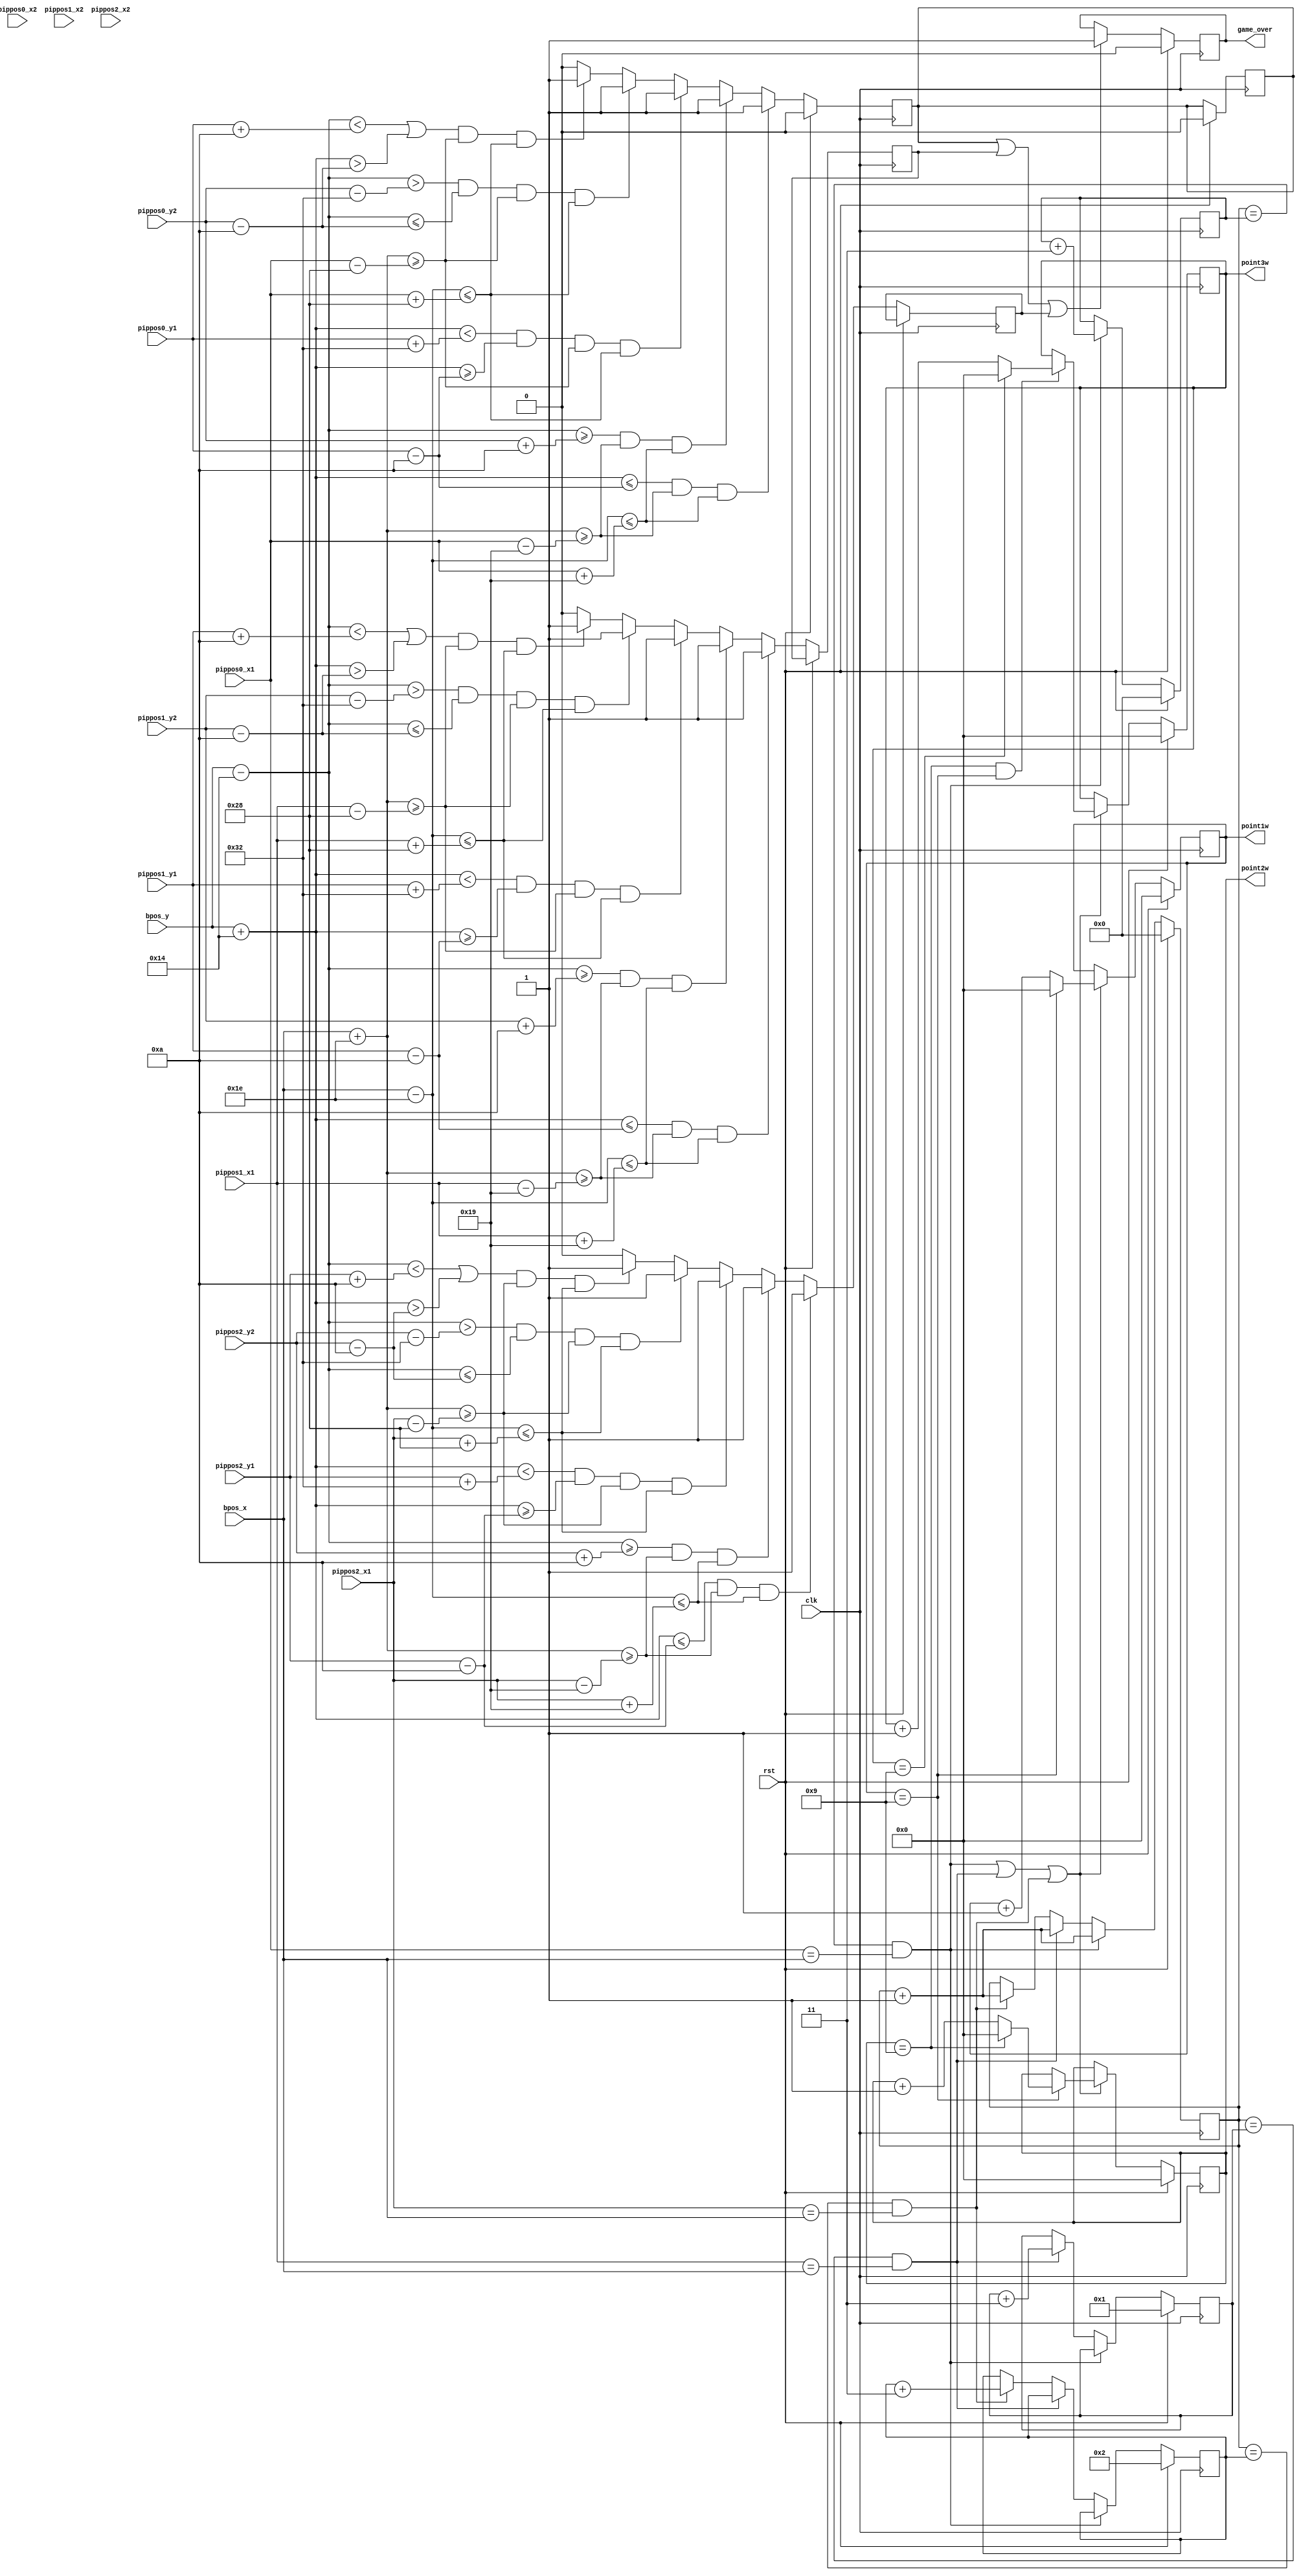
`timescale 1ns / 1ps


module Game_Control(
    input clk,
    input rst,
    input [11:0]bpos_x,
    input [11:0]bpos_y,
    input [11:0]pippos0_x1,
    input [11:0]pippos0_y1,
    input [11:0]pippos0_x2,
    input [11:0]pippos0_y2,
    input [11:0]pippos1_x1,
    input [11:0]pippos1_y1,
    input [11:0]pippos1_x2,
    input [11:0]pippos1_y2,
    input [11:0]pippos2_x1,
    input [11:0]pippos2_y1,
    input [11:0]pippos2_x2,
    input [11:0]pippos2_y2,
    //output [9:0]point
    output reg game_over,
    output [4:0]point1w,
    output [4:0]point2w,
    output [4:0]point3w
    );

reg [9:0]bird_point=9'd0;
reg [9:0]pipe0_point=9'd0;
reg [9:0]pipe1_point=9'd1;
reg [9:0]pipe2_point=9'd2;

reg [4:0]point1=0;
reg [4:0]point2=0;
reg [4:0]point3=0;

reg game_over1=0;
reg game_over2=0;
reg game_over3=0;

//////////////////////////////////////////////point-print///////////////////////////////////
always@(posedge clk)
begin
    if(rst) begin bird_point<=1'b0;pipe0_point<=9'd0;pipe1_point<=9'd1;pipe2_point<=9'd2;  end
    else if( (bird_point==pipe0_point) && (pippos0_x1==bpos_x) ) begin bird_point<=bird_point+1'b1;pipe0_point<=pipe0_point+9'd3;end
    else if( (bird_point==pipe1_point) && (pippos1_x1==bpos_x) ) begin bird_point<=bird_point+1'b1;pipe1_point<=pipe1_point+9'd3;end
    else if( (bird_point==pipe2_point) && (pippos2_x1==bpos_x) ) begin bird_point<=bird_point+1'b1;pipe2_point<=pipe2_point+9'd3;end   
    else begin bird_point<=bird_point; pipe0_point<=pipe0_point;pipe1_point<=pipe1_point;pipe2_point<=pipe2_point; end
end

always@(posedge clk)
begin
    if(rst) point1<=1'b0;
    else if( ((bird_point==pipe0_point) && (pippos0_x1==bpos_x)) ||((bird_point==pipe1_point) && (pippos1_x1==bpos_x)) ||((bird_point==pipe2_point) && (pippos2_x1==bpos_x)) )
    begin
        if(point1==4'd9) point1<=1'b0;
        else point1<=point1+1'b1;
    end
    else point1<=point1;
end
always@(posedge clk)
begin
    if(rst) point2<=1'b0;
    else if( ((bird_point==pipe0_point) && (pippos0_x1==bpos_x)) ||((bird_point==pipe1_point) && (pippos1_x1==bpos_x)) ||((bird_point==pipe2_point) && (pippos2_x1==bpos_x)) )
    begin
        if(point1==4'd9) 
         begin
             if(point2==4'd9) point2<=1'b0;
             else point2<=point2+1'b1;
         end
    end
    else point2<=point2;
end

always@(posedge clk)
begin
    if(rst) point3<=1'b0;
    else if( ((bird_point==pipe0_point) && (pippos0_x1==bpos_x)) ||((bird_point==pipe1_point) && (pippos1_x1==bpos_x)) ||((bird_point==pipe2_point) && (pippos2_x1==bpos_x)) )
    begin
        if(point2==4'd9&&point1==4'd9) 
         begin
             if(point3==4'd9) point3<=1'b0;
             else point3<=point3+1'b1;
         end
    end
    else point3<=point3;
end
//////////////////////////////////////////////point-print///////////////////////////////////

/////////////////////////////////////////////crash-cheking//////////////////////////////////
always@(posedge clk)
begin
    // if(     ( (bpos_y-12'd20>=pippos0_y1+12'd10)||(bpos_y+12'd20<=pippos0_y2-12'd10)  )
    //       &&( (bpos_x+12'd30>=pippos0_x1-12'd25)||(bpos_x-12'd30>=pippos0_x1+12'd25)  )  
    //   )
    //    begin game_over1=1'b1; end 
    if(rst) game_over1=1'b0;
    else if(   (bpos_y+12'd20<=pippos0_y1-12'd10) &&(bpos_x+12'd30>=pippos0_x1-12'd25) &&(bpos_x-12'd30<=pippos0_x1+12'd25) )
        begin game_over1=1'b1; end 
    else if(   (bpos_y-12'd20>=pippos0_y2+12'd10) &&(bpos_x+12'd30>=pippos0_x1-12'd25)&&(bpos_x-12'd30<=pippos0_x1+12'd25) )
        begin game_over1=1'b1; end 
    else if(   (bpos_y+12'd20<pippos0_y1+12'd50)&&(bpos_y+12'd20>=pippos0_y1-12'd10) &&(bpos_x+12'd30>=pippos0_x1-12'd40) &&(bpos_x-12'd30<=pippos0_x1+12'd40) )
         begin game_over1=1'b1; end
    else if(   (bpos_y-12'd20>pippos0_y2-12'd50)&&(bpos_y-12'd20<=pippos0_y2-12'd10) &&(bpos_x+12'd30>=pippos0_x1-12'd40) &&(bpos_x-12'd30<=pippos0_x1+12'd40) )
         begin game_over1=1'b1; end
    else if(  ((bpos_y-12'd20<pippos0_y1+12'd10)||(bpos_y+12'd20>pippos0_y2-12'd10))&&(bpos_x+12'd30>=pippos0_x1-12'd40)&&(bpos_x-12'd30<=pippos0_x1+12'd40)  )
         begin game_over1=1'b1; end
    //else if(game_over1==1'b1) game_over1<=1'b1;
    else  game_over1=1'b0;
end

always@(posedge clk)
begin
    if(rst) game_over1=1'b0;
    else if(   (bpos_y+12'd20<=pippos1_y1-12'd10) &&(bpos_x+12'd30>=pippos1_x1-12'd25) &&(bpos_x-12'd30<=pippos1_x1+12'd25) )
        begin game_over2=1'b1; end 
    else if(   (bpos_y-12'd20>=pippos1_y2+12'd10) &&(bpos_x+12'd30>=pippos1_x1-12'd25)&&(bpos_x-12'd30<=pippos1_x1+12'd25) )
        begin game_over2=1'b1; end 
    else if(   (bpos_y+12'd20<pippos1_y1+12'd50)&&(bpos_y+12'd20>=pippos1_y1-12'd10) &&(bpos_x+12'd30>=pippos1_x1-12'd40) &&(bpos_x-12'd30<=pippos1_x1+12'd40) )
         begin game_over2=1'b1; end
    else if(   (bpos_y-12'd20>pippos1_y2-12'd50)&&(bpos_y-12'd20<=pippos1_y2-12'd10) &&(bpos_x+12'd30>=pippos1_x1-12'd40) &&(bpos_x-12'd30<=pippos1_x1+12'd40) )
         begin game_over2=1'b1; end
    else if(  ((bpos_y-12'd20<pippos1_y1+12'd10)||(bpos_y+12'd20>pippos1_y2-12'd10))&&(bpos_x+12'd30>=pippos1_x1-12'd40)&&(bpos_x-12'd30<=pippos1_x1+12'd40)  )
         begin game_over2=1'b1; end
   // else if(game_over2==1'b1) game_over2<=1'b1;
    else  game_over2=1'b0;
end

always@(posedge clk)
begin
    if(rst) game_over1=1'b0;
    else if(   (bpos_y+12'd20<=pippos2_y1-12'd10) &&(bpos_x+12'd30>=pippos2_x1-12'd25) &&(bpos_x-12'd30<=pippos2_x1+12'd25) )
        begin game_over3=1'b1; end 
    else if(   (bpos_y-12'd20>=pippos2_y2+12'd10) &&(bpos_x+12'd30>=pippos2_x1-12'd25)&&(bpos_x-12'd30<=pippos2_x1+12'd25) )
        begin game_over3=1'b1; end 
    else if(   (bpos_y+12'd20<pippos2_y1+12'd50)&&(bpos_y+12'd20>=pippos2_y1-12'd10) &&(bpos_x+12'd30>=pippos2_x1-12'd40) &&(bpos_x-12'd30<=pippos2_x1+12'd40) )
         begin game_over3=1'b1; end
    else if(   (bpos_y-12'd20>pippos2_y2-12'd50)&&(bpos_y-12'd20<=pippos2_y2-12'd10) &&(bpos_x+12'd30>=pippos2_x1-12'd40) &&(bpos_x-12'd30<=pippos2_x1+12'd40) )
         begin game_over3=1'b1; end
    else if(  ((bpos_y-12'd20<pippos2_y1+12'd10)||(bpos_y+12'd20>pippos2_y2-12'd10))&&(bpos_x+12'd30>=pippos2_x1-12'd40)&&(bpos_x-12'd30<=pippos2_x1+12'd40)  )
         begin game_over3=1'b1; end
   // else if(game_over3==1'b1) game_over3<=1'b1;
    else  game_over3=1'b0;
end

always@(posedge clk)
begin
    if(rst) game_over<=1'b0;
    else if(game_over1||game_over2||game_over3) game_over<=1'b1;
    else game_over<=game_over;
end
/////////////////////////////////////////////crash-cheking//////////////////////////////////

assign point1w=point1;
assign point2w=point2;
assign point3w=point3;
//assign point=bird_point;
//assign game_over=game_over1||game_over2||game_over3;

endmodule